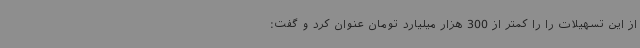
از این تسهیلات را را کمتر از 300 هزار میلیارد تومان عنوان کرد و گفت: